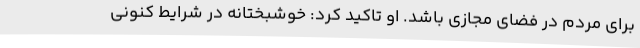
برای مردم در فضای مجازی باشد. او تاکید کرد: خوشبختانه در شرایط کنونی